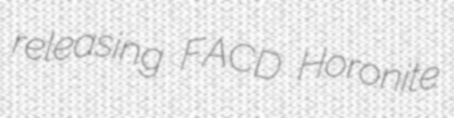
releasing FACD Horonite